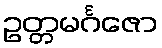
ဥတ္တမင်္ဂဇော